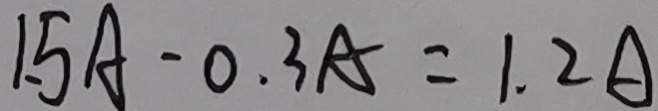
1 . 5 A - 0 . 3 A = 1 . 2 A